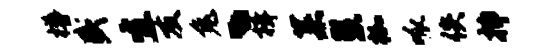
樽盛宜友兔丶揖菜慧枷呱佚插